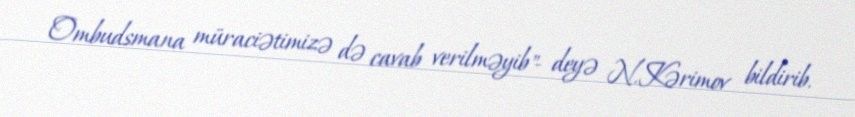
Ombudsmana müraciətimizə də cavab verilməyib"- deyə N.Kərimov bildirib.